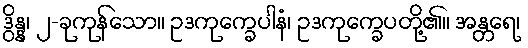
ဒွိန္န၊ ၂-ခုကုန်သော။ ဥဒကုက္ခေပါနံ၊ ဥဒကုက္ခေပတို့၏။ အန္တရေ၊